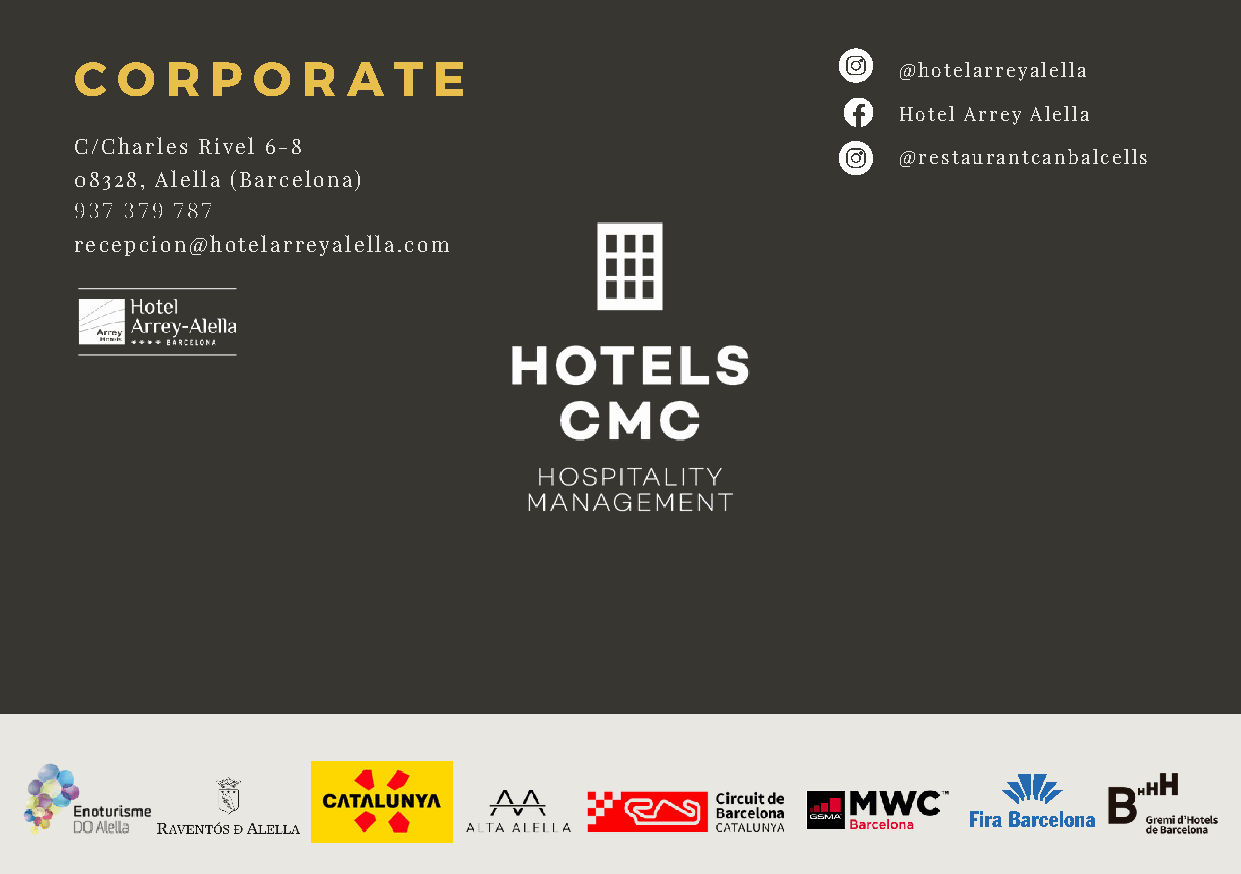
C  O  R  P  O  R  A  T  E                             @hotelarreyalella
 Hotel Arrey Alella
 C/Charles Rivel 6-8
 @restaurantcanbalcells
 08328, Alella (Barcelona)
 937 379 787
 recepcion@hotelarreyalella.com